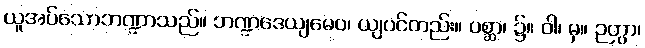
ယူအပ်သောဘဏ္ဍာသည်။ ဘဏ္ဍဒေယျမေဝ၊ ယျပင်တည်း။ ပစ္ဆာ၊ ၌။ ဝါ၊ မှ။ ဉတွာ၊